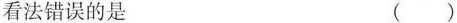
看法错误的是 ()